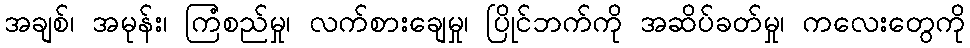
အချစ်၊ အမုန်း၊ ကြံစည်မှု၊ လက်စားချေမှု၊ ပြိုင်ဘက်ကို အဆိပ်ခတ်မှု၊ ကလေးတွေကို